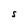
Character: S